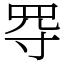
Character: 㝶